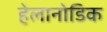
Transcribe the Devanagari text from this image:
हेलानोडिक